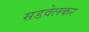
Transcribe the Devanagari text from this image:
सडवेलकर